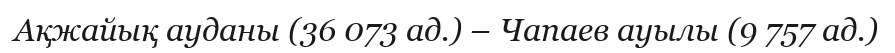
Ақжайық ауданы (36 073 ад.) – Чапаев ауылы (9 757 ад.)